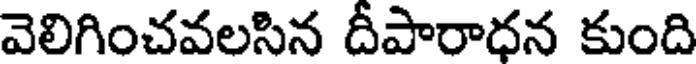
వెలిగించవలసిన దీపారాధన కుంది